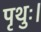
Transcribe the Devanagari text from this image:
पृथुः।